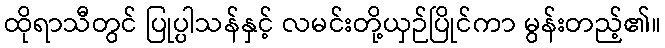
ထိုရာသီတွင် ပြုပ္ပါသန်နှင့် လမင်းတို့ယှဉ်ပြိုင်ကာ မွန်းတည့်၏။